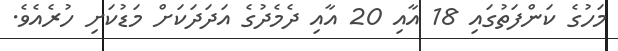
މަހުގެ ކަންފަތުގައި 18 އާއި 20 އާއި ދެމެދުގެ އަދަދަކަށް މަޑުކަށި ހުރެއެވެ.